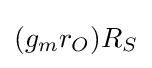
(g_{m}r_{O})R_{S}